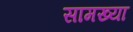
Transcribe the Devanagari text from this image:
सामख्या